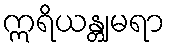
ဣရိယန္တျမရာ